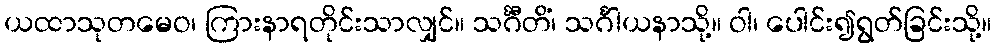
ယထာသုတမေဝ၊ ကြားနာရတိုင်းသာလျှင်။ သင်္ဂီတိံ၊ သင်္ဂါယနာသို့။ ဝါ၊ ပေါင်း၍ရွတ်ခြင်းသို့။